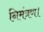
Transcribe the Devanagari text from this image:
निमंत्रण।